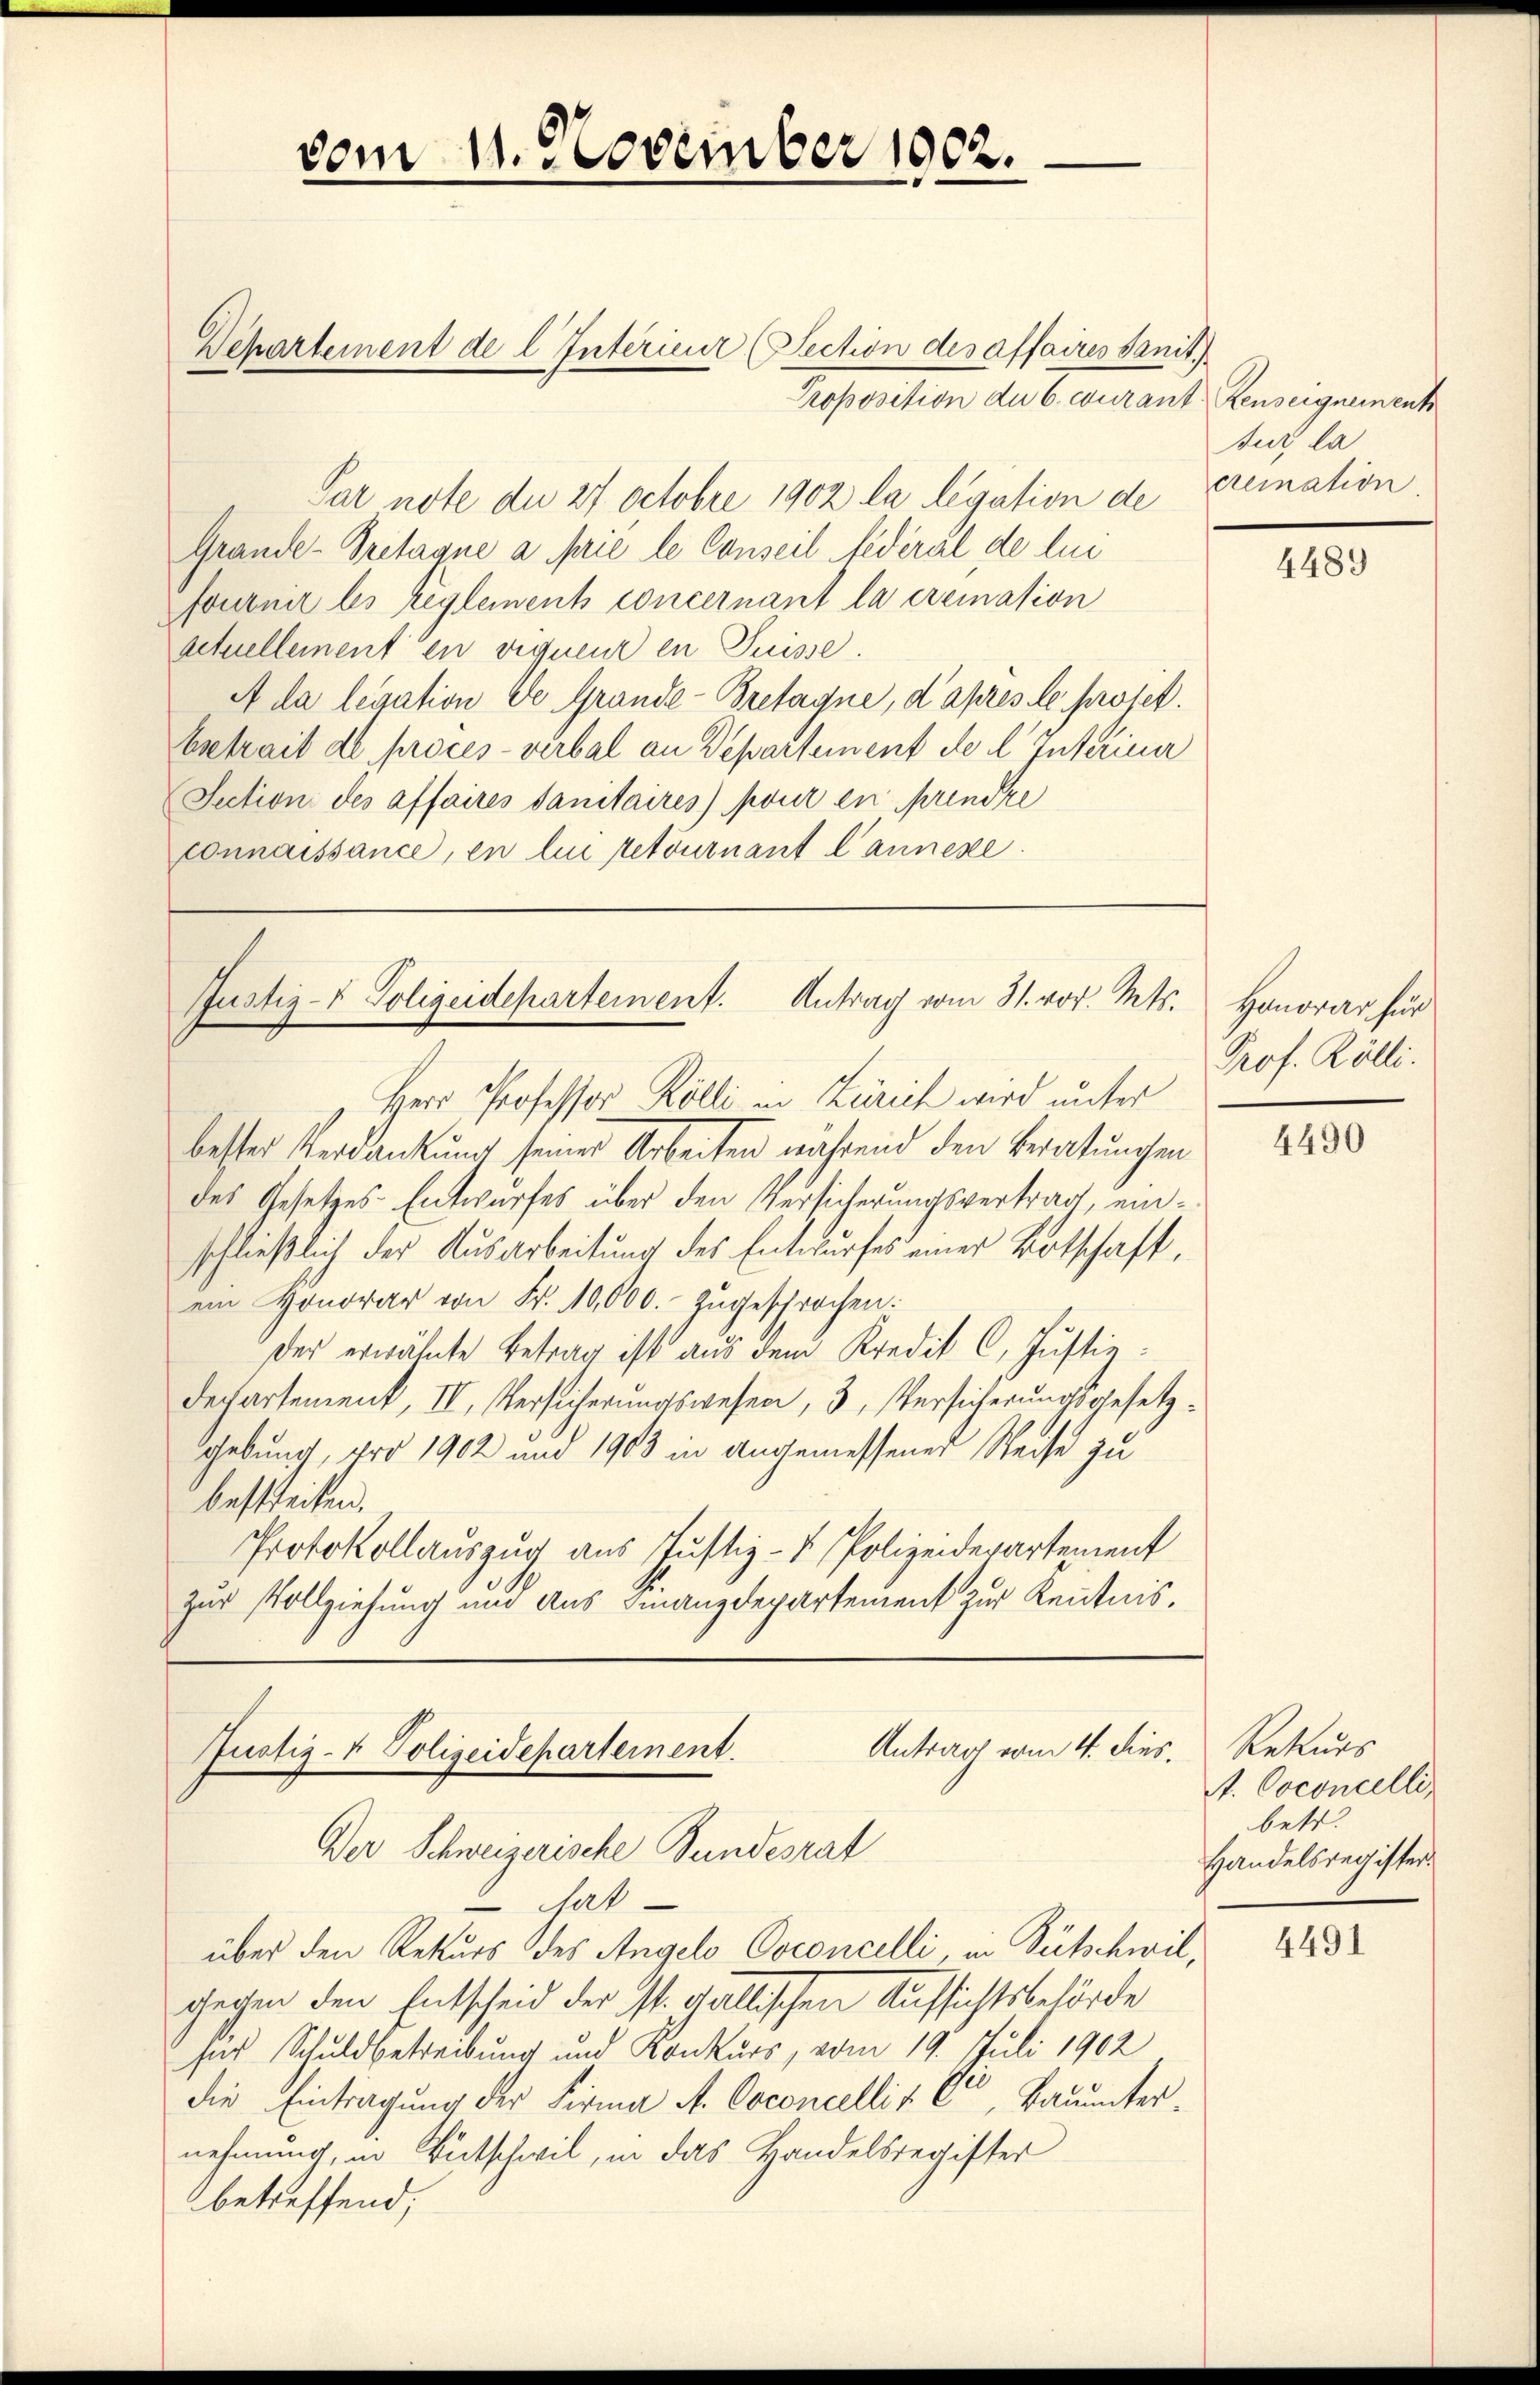
Proposition du C. curant Renseignement
Par note de 27 Octobre 1902 la legation de remation.
Grande- Pretaque a prie le Conseil Federal de lin
fournir les reglement concernant la cremasion
actuellement en viquenz en Suisse.
A da legation de Grande-Bretagne, d’après le protet.
betrait de procès-verbal an Departement de l. Interina
Section des affaires Sanitaires pour en rendre
connaissance, en lui retournant l’annexe.

vom 11. November 1902.

Dehartement de l. Interieur (Section des affaires Sanit.

Justiz- & Polizeidepartement. Antrag vom 31. vor. Mts.
Herr Professor Rölli in Zürich wird unter

gegen den Entscheid der St. Gallischen Aufsichtsbehörde
ses Schuldbetreibung und Konkurs, vom 19. Juli 1902
die Eintragung der Firma A. Coconcelli & Cie, Bauunternehmung, in Bütschwil, in das Handelsregister
betreffend;

bester Verdankung seiner Arbeiten nährend den Beratungen
des Gesetzes-Entwurfes über den Versicherungsvertrag, einschließlich der Ausarbeitung des Entwurfes einer Botschaft,
ein Honorar von Fr. 10,000. zugesprochen.
Der erwähnte Betrag ist aus dem Kredit C. Jŭstiz.
Dechartement, IV, Versicherungswesen, 3, Versicherungsgesetzgebung, pro 1902 und 1903 in angemessener Weise zu
bestreiten.
Protokollauszug aus Justiz- & Polizeidepartement
zur Vollziehung und Aus Finanzdepartement zur Kenntnis,

Antrag vom 4. dies
Justiz- & Polizeidepartement.
Der Schweizerische Bundesrat
hat
über den Rekurs des Angelo Coconcelli, in Bütschwil,

Sur la

4489

Honorar für
Prof. Rölli.

4490

Rekurs
A. Coconcelli
betr.
Handelsregister

4491